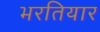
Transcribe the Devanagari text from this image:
भरतियार